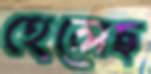
হেলেছ